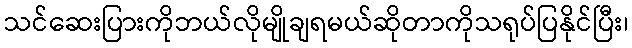
သင်ဆေးပြားကိုဘယ်လိုမျိုချရမယ်ဆိုတာကိုသရုပ်ပြနိုင်ပြီး၊